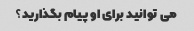
می توانید برای او پیام بگذارید؟